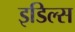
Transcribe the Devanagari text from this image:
इडिल्स